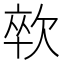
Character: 㰵